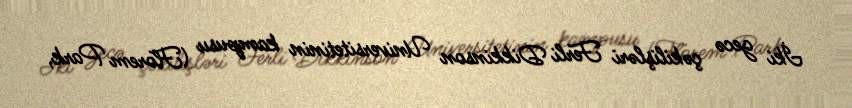
İki gecə çəkilişləri Ferli Dikkinson Universitetinin kampusu (Florem Park,